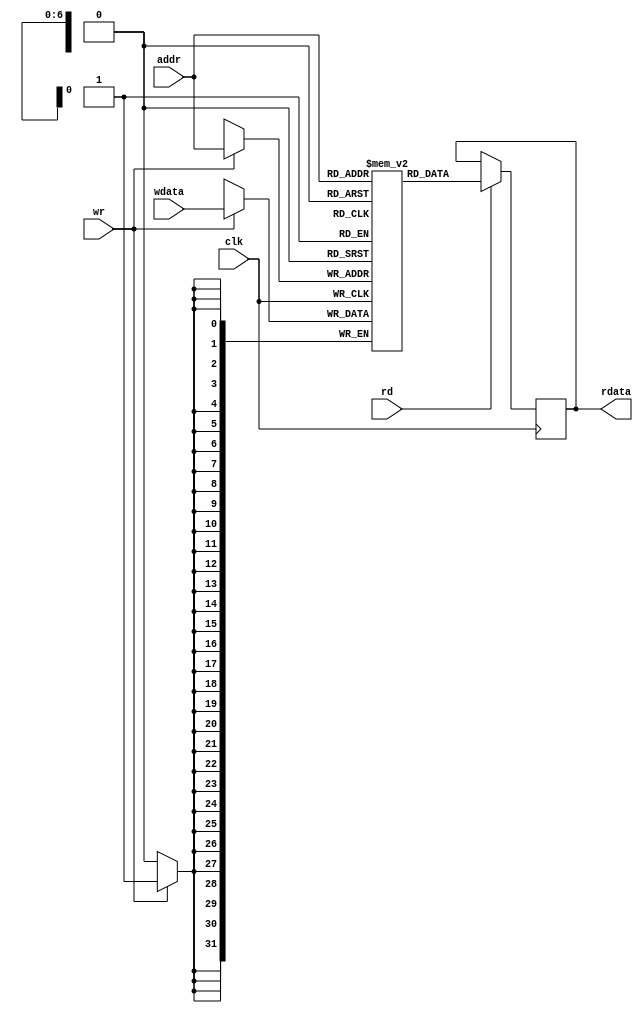
/*
 * Data Memory.
 *
 * 32-bit data with a 7 bit address (128 entries).
 *
 * The read and write operations .
 *
 */
module dm(
		input wire			clk,
		input wire	[6:0]	addr,
		input wire			rd, wr,
		input wire 	[31:0]	wdata,
		output reg	[31:0]	rdata);

	reg [31:0] mem [0:127];  // 32-bit memory with 128 entries

	 always @(posedge clk) begin
        if (wr) begin
            mem[addr] <= wdata;
        end
        if (rd) begin
            rdata <= mem[addr];
        end
    end
endmodule